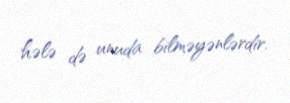
hələ də unuda bilməyənlərdir.